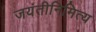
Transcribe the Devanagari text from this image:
जयंतीनिमित्य